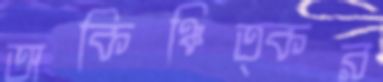
অকিঞ্চিত্কর